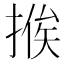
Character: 𢰇